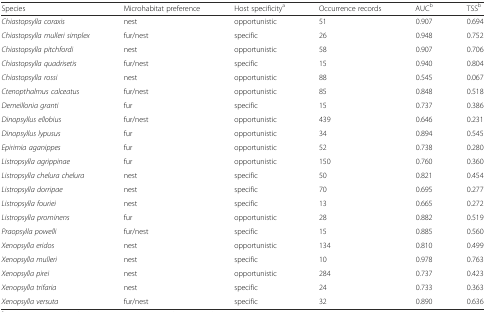
<table><thead><tr><td><b>Species</b></td><td><b>Microhabitat preference</b></td><td><b>Host specificity<sup>a</sup></b></td><td><b>Occurrence records</b></td><td><b>AUC<sup>b</sup></b></td><td><b>TSS<sup>b</sup></b></td></tr></thead><tbody><tr><td><i>Chiastopsylla coraxis</i></td><td>nest</td><td>opportunistic</td><td>51</td><td>0.907</td><td>0.694</td></tr><tr><td><i>Chiastopsylla mulleri simplex</i></td><td>fur/nest</td><td>specific</td><td>26</td><td>0.948</td><td>0.752</td></tr><tr><td><i>Chiastopsylla pitchfordi</i></td><td>nest</td><td>opportunistic</td><td>58</td><td>0.907</td><td>0.706</td></tr><tr><td><i>Chiastopsylla quadrisetis</i></td><td>fur/nest</td><td>specific</td><td>15</td><td>0.940</td><td>0.804</td></tr><tr><td><i>Chiastopsylla rossi</i></td><td>nest</td><td>opportunistic</td><td>88</td><td>0.545</td><td>0.067</td></tr><tr><td><i>Ctenopthalmus calceatus</i></td><td>fur/nest</td><td>opportunistic</td><td>85</td><td>0.848</td><td>0.518</td></tr><tr><td><i>Demeillonia granti</i></td><td>fur</td><td>specific</td><td>15</td><td>0.737</td><td>0.386</td></tr><tr><td><i>Dinopsyllus ellobius</i></td><td>fur/nest</td><td>opportunistic</td><td>439</td><td>0.646</td><td>0.231</td></tr><tr><td><i>Dinopsyllus lypusus</i></td><td>fur</td><td>opportunistic</td><td>34</td><td>0.894</td><td>0.545</td></tr><tr><td><i>Epirimia aganippes</i></td><td>fur</td><td>opportunistic</td><td>52</td><td>0.738</td><td>0.280</td></tr><tr><td><i>Listropsylla agrippinae</i></td><td>fur</td><td>opportunistic</td><td>150</td><td>0.760</td><td>0.360</td></tr><tr><td><i>Listropsylla chelura chelura</i></td><td>nest</td><td>specific</td><td>50</td><td>0.821</td><td>0.454</td></tr><tr><td><i>Listropsylla dorripae</i></td><td>nest</td><td>specific</td><td>70</td><td>0.695</td><td>0.277</td></tr><tr><td><i>Listropsylla fouriei</i></td><td>nest</td><td>specific</td><td>13</td><td>0.665</td><td>0.272</td></tr><tr><td><i>Listropsylla prominens</i></td><td>fur</td><td>opportunistic</td><td>28</td><td>0.882</td><td>0.519</td></tr><tr><td><i>Praopsylla powelli</i></td><td>fur/nest</td><td>specific</td><td>15</td><td>0.885</td><td>0.560</td></tr><tr><td><i>Xenopsylla eridos</i></td><td>nest</td><td>opportunistic</td><td>134</td><td>0.810</td><td>0.499</td></tr><tr><td><i>Xenopsylla mulleri</i></td><td>nest</td><td>specific</td><td>10</td><td>0.978</td><td>0.763</td></tr><tr><td><i>Xenopsylla pirei</i></td><td>nest</td><td>opportunistic</td><td>284</td><td>0.737</td><td>0.423</td></tr><tr><td><i>Xenopsylla trifaria</i></td><td>nest</td><td>specific</td><td>24</td><td>0.733</td><td>0.363</td></tr><tr><td><i>Xenopsylla versuta</i></td><td>fur/nest</td><td>specific</td><td>32</td><td>0.890</td><td>0.636</td></tr></tbody></table>